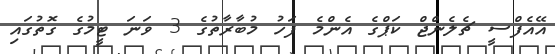
އޭއެފްސީ ޗެލެންޖް ކަޕްގެ އެންމެ ފަހު މުބާރާތުގެ 3 ވަނަ ޓީމުގެ ގޮތުގައި